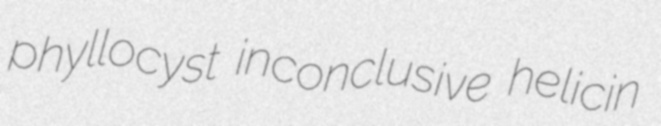
phyllocyst inconclusive helicin